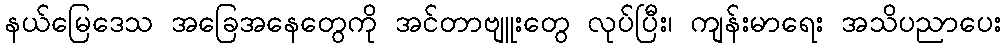
နယ်မြေဒေသ အခြေအနေတွေကို အင်တာဗျူးတွေ လုပ်ပြီး၊ ကျန်းမာရေး အသိပညာပေး